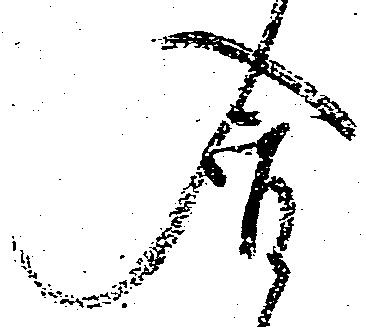
含